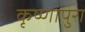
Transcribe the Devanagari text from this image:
कृष्णापुरा